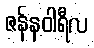
ဇန်နဝါရီလ